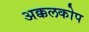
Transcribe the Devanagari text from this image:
अक्कलकोप